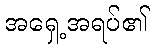
အရှေ့အရပ်၏